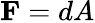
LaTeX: \mathbf{F}=dA